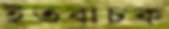
ইতবাচক